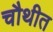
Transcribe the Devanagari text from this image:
चौथीत